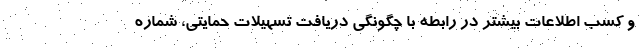
و کسب اطلاعات بیشتر در رابطه با چگونگی دریافت تسهیلات حمایتی، شماره